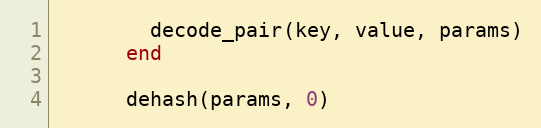
Language: Ruby
        decode_pair(key, value, params)
      end

      dehash(params, 0)